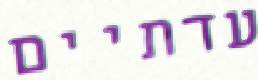
עדתיים